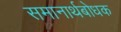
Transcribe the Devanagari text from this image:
समानार्थबोधक